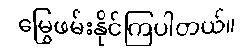
မြွေဖမ်းနိုင်ကြပါတယ်။